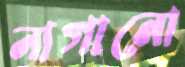
নাগানো